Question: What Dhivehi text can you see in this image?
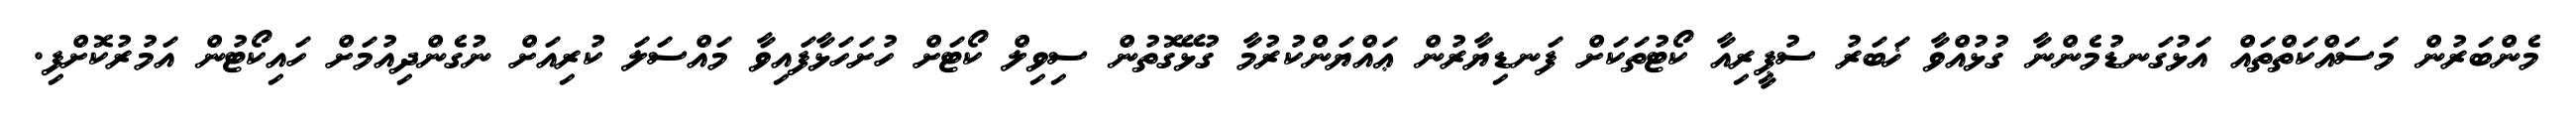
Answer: މެންބަރުން މަސައްކަތްތައް އަޅުގަނޑުމެންނާ ގުޅުއްވާ ޚަބަރު ސުޕީރިއާ ކޯޓުތަކަށް ފަނޑިޔާރުން ޢައްޔަންކުރުމާ ގުޅޭގޮތުން ސިވިލް ކޯޓަށް ހުށަހަޅާފައިވާ މައްސަލަ ކުރިއަށް ނުގެންދިއުމަށް ހައިކޯޓުން އަމުރުކޮށްފި.